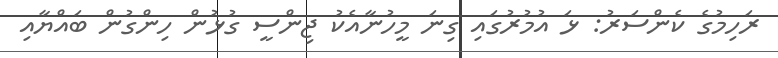
ރަހިމުގެ ކެންސަރު: ޅަ އުމުރުގައި ގިނަ މީހުނާއެކު ޖިންސީ ގުޅުން ހިންގުން ބައްޔާއި